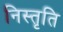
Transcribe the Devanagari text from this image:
निस्तृति